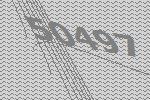
50497